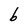
Character: b